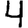
Digit: 4